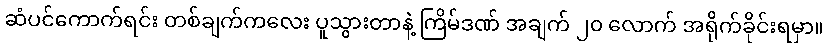
ဆံပင်ကောက်ရင်း တစ်ချက်ကလေး ပူသွားတာနဲ့ ကြိမ်ဒဏ် အချက် ၂၀ လောက် အရိုက်ခိုင်းရမှာ။